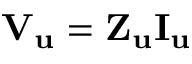
\begin{array} { r } { { { \mathbf { V } } _ { \mathbf { u } } } = { { \mathbf { Z } } _ { \mathbf { u } } } { { \mathbf { I } } _ { \mathbf { u } } } } \end{array}